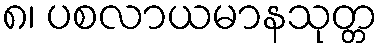
၈၊ ပစလာယမာနသုတ္တ